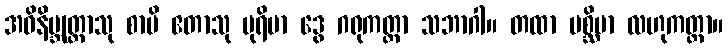
အဝိနိဗ္ဘုတ္တာသု စာပိ ဧတာသု ပုရိမာ ဒွေ ဂရုကတ္တာ သဘာဂါ။ တထာ ပစ္ဆိမာ လဟုကတ္တာ။